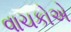
વાચકોએ